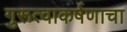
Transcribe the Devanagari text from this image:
गुरूत्वाकर्षणाचा